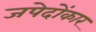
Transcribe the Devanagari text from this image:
जपेदोंकार